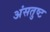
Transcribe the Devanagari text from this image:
अंसतुष्ट